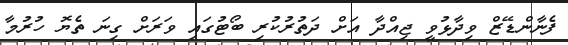
ފެނާންޑޭޒް ވިދާޅުވީ ޖިއްދާ އަށް ދަތުރުކުރި ބޯޓުގައި ވަރަށް ގިނަ ތެޔޮ ހުރުމާ